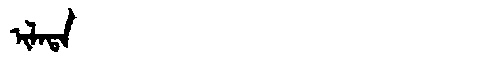
Manchu: ᡳᠯᠠᡨᠠ
Romanization: ILATA